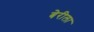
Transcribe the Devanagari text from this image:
बेरीला